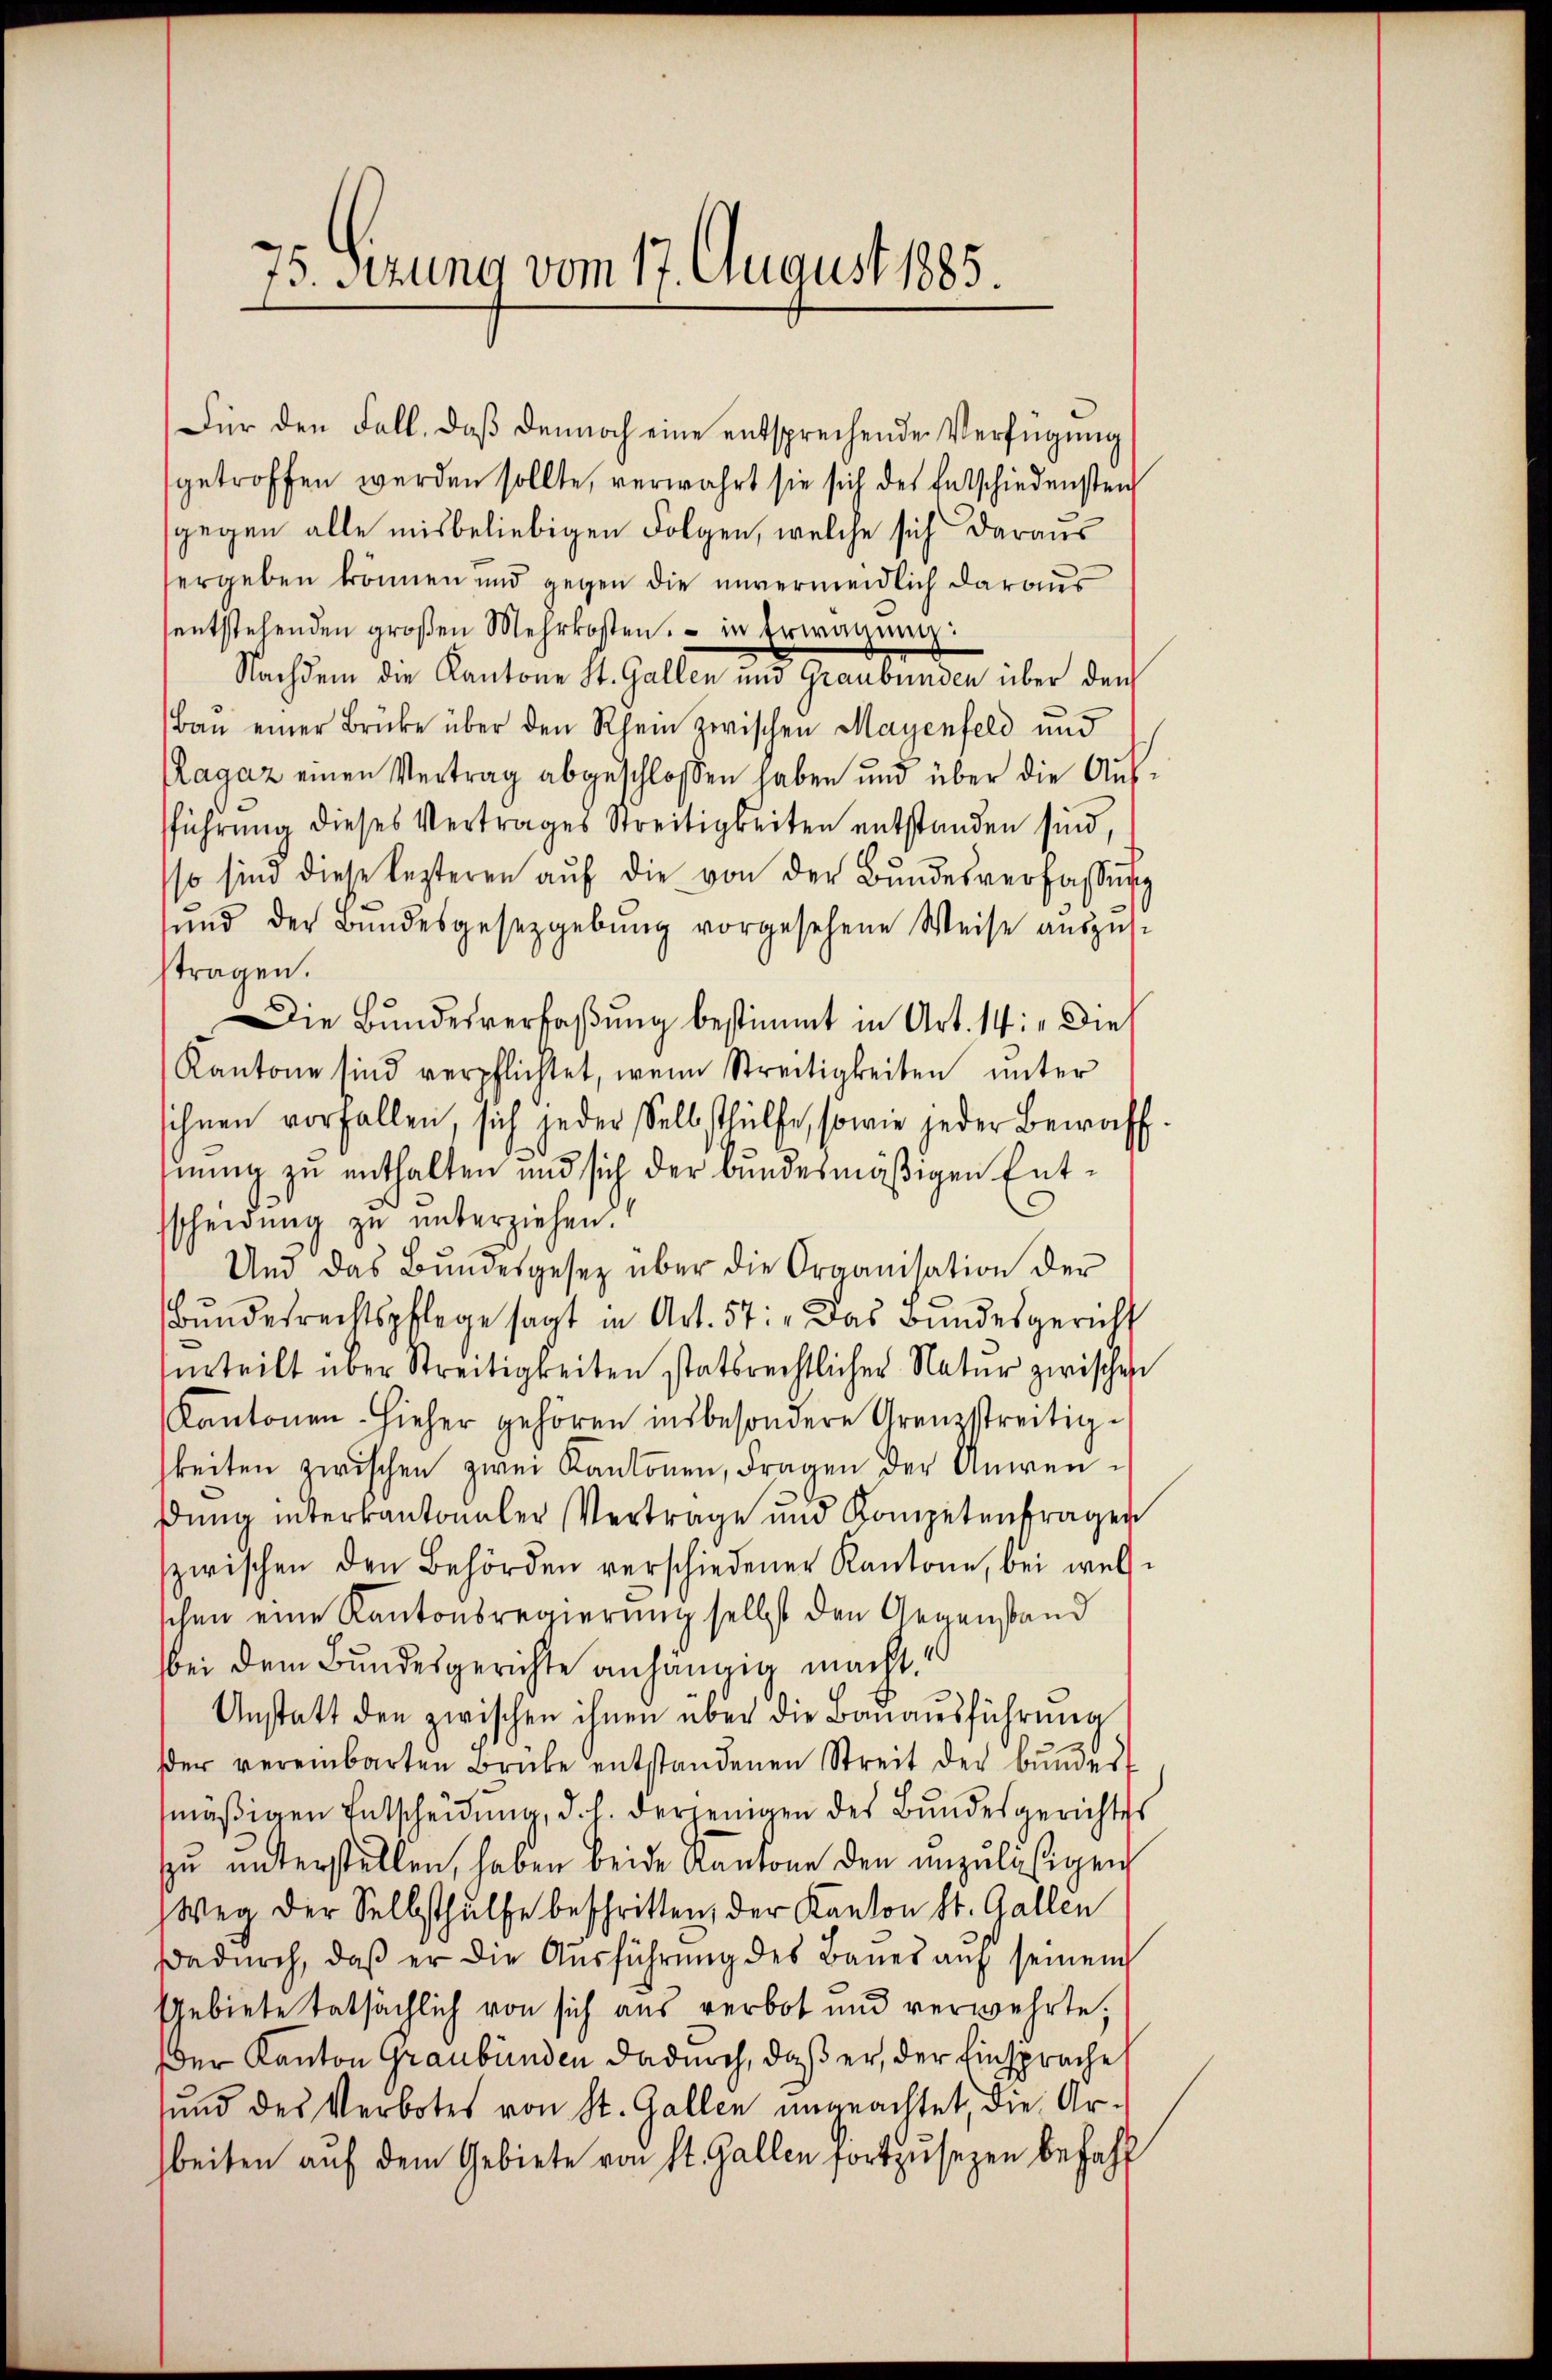
75. Sezung vom 17. August 1885.

Für den Fall, daß dennoch eine entsprechende Verfügung
getroffen werden sollte, verwahrt sie sich des Entschiedensten
gegen alle mißbeliebigen Folgen, welche sich daraus
ergeben können und gegen die unvermeidlich daraus
sentstehenden groβen Mehrkosten, in Erwägŭng:
Nachdem die Kantone St. Gallen und Graubünden über den
Bau einer Brücke über den Rhein zwischen Mayenfeld und
Ragaz einen Vertrag abgeschlossen haben und über die Aŭs-
führung dieses Vertrages Streitigkeiten entstanden sind,
so sind diese lezteren aŭf die von der Bŭndesverfassung
ŭnd der Bundesgesetzgebŭng vorgesehene Weise aŭszŭst
stragen.
Die Bundesverfaßung bestimmt in Art. 14: „Die
Kantone sind verpflichtet, wenn Streitigkeiten unter
ihnen vorfallen, sich jeder Selbsthülfe, sowie jeder Bewaff
nung zu enthalten und sich der bundesmäßigen Entsscheidung zu unterziehen.
Und das Bŭndesgesez über die Organisation der
Bundesrechtspflege sagt in Art. 57: „Das Bundesgericht
urteilt über Streitigkeiten statsrechtlicher Natur zwischen
Kantonen hieher gehören insbesondere Grenzstreitigkeiten zwischen zwei Kantonen, Fragen der Anwendung interkantonaler Vertrage und Kompetenfragen
zwischen den Behörden verschiedener Kantone, bei wel
schen eine Kantonsregierung selbst den Gegenstand
bei dem Bundesgerichte anhängig macht.“
Anstatt den zwischen ihnen über die Bauausführung
der vereinbarten Brüke entstandenen Streit der Bŭnder
mäßigen Entscheidung, d. h. derjenigen des Bundesgerichtes
zu unterstellen, haben beide Kantone den anzulässigen
Weg der Selbsthülfe beschritten, der Kanton St. Gallen
dadŭrch, daβ er die Aŭsführŭng des Bauer aŭf seinem
Gebiete tatsächlich von sich aus verbot und verwehrte,
der Kanton Graubünden dadurch, daß er, der Einsprache
sund des Verbotes von St. Gallen ungeachtet die Arbeiten auf dem Gebiete von St. Gallen fortzusezen befahl